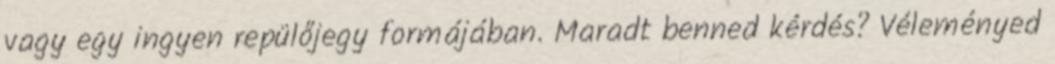
vagy egy ingyen repülőjegy formájában. Maradt benned kérdés? Véleményed